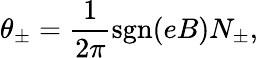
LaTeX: \theta_{\pm}=\frac{1}{2\pi}\mathrm{sgn}(eB)N_{\pm},